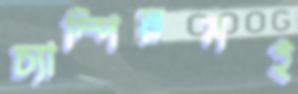
চ্যাম্পিয়নই